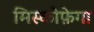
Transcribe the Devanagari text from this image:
मिस्कोफ़ेगा